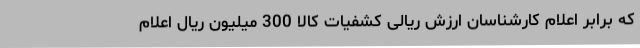
که برابر اعلام کارشناسان ارزش ریالی کشفیات کالا 300 میلیون ریال اعلام